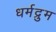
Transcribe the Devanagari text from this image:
धर्मद्रुम